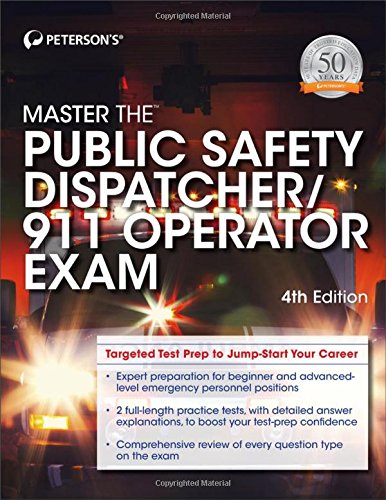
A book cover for Master the Public Safety Dispatcher/911 Operator Exam; Peterson's; Test Preparation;